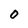
Character: 0